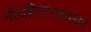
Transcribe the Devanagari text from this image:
नॉथहैंप्टनशायर